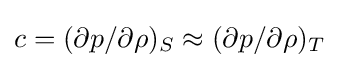
c=(\partial p/\partial \rho )_{S}\approx (\partial p/\partial \rho )_{T}